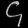
Digit: ၄